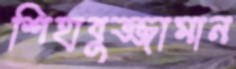
শিহাবুজ্জামান